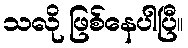
သလို ဖြစ်နေပါပြီ။